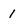
Character: 1